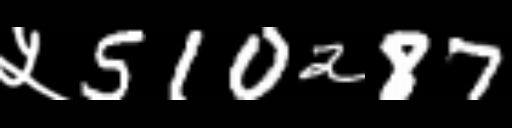
Text: ५510287